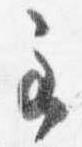
主